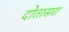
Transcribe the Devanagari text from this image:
दोतासरा